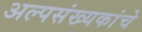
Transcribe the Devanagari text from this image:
अल्पसंख्यकांचे